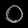
Digit: ၀